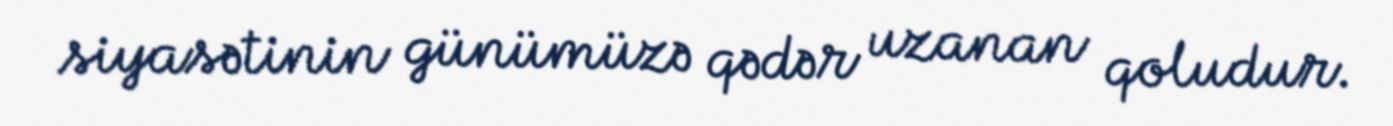
siyasətinin günümüzə qədər uzanan qoludur.